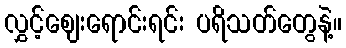
လွှင့်ဈေးရောင်းရင်း ပရိသတ်တွေနဲ့။